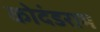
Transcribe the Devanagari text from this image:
कोदंडराम